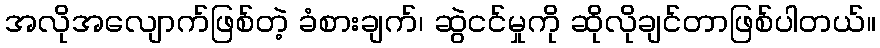
အလိုအလျောက်ဖြစ်တဲ့ ခံစားချက်၊ ဆွဲငင်မှုကို ဆိုလိုချင်တာဖြစ်ပါတယ်။